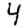
Digit: 4